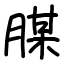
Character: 腜